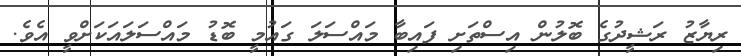
ރިޔާޒު ރަޝީދުގެ ބޮލުން އިސްތަށި ފައިބާ މައްސަލަ ގައުމީ ބޮޑު މައްސަލައަކަށްވީ އެވެ.